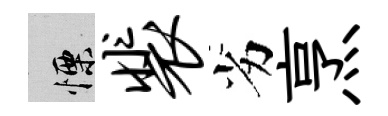
慄裴劣烹